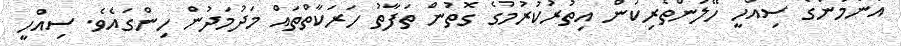
އާންމުންގެ ސިއްހީ ހޭލުންތެރިކަން އިތުރުކުރުމުގެ ގޮތުން ތަފާތު ހަރަކާތްތައް މަދުމަދުން ހިންގައެވެ. ސިއްހީ